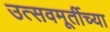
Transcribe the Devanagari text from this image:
उत्सवमूर्तीच्या